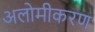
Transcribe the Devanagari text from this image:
अलोमीकरण